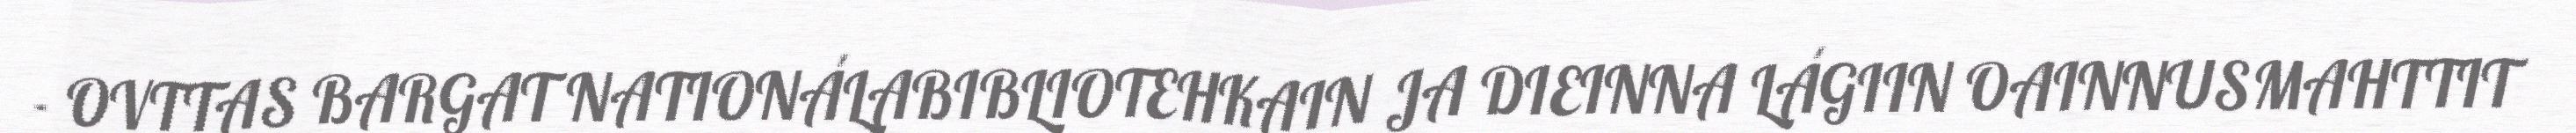
- OVTTAS BARGAT NATIONÁLABIBLIOTEHKAIN JA DIEINNA LÁGIIN OAINNUSMAHTTIT